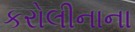
કરોલીનાના